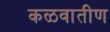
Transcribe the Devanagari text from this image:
कळवातीण